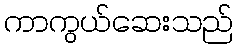
ကာကွယ်ဆေးသည်